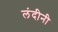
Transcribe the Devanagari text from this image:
लंदीनी